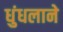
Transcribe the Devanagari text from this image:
धुंधलाने